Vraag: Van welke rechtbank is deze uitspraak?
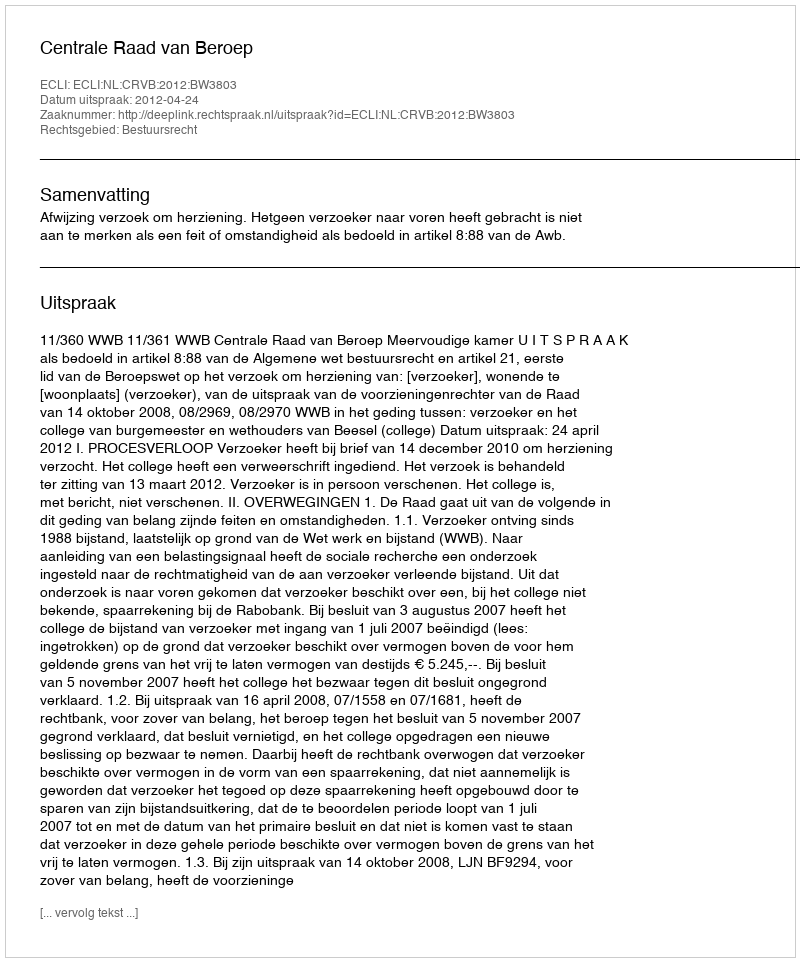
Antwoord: Centrale Raad van Beroep